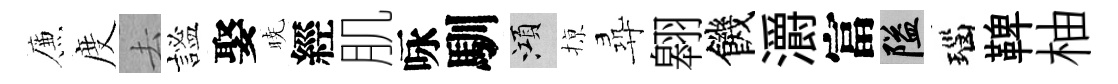
簾度去謐娶暁經肌咏馴澒𢱊尋翱饑灂富隘瑙鞞柚